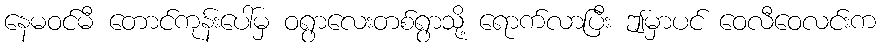
နေမဝင်မီ တောင်ကုန်းပေါ်မှ ဝရွာလေးတစ်ရွာသို့ ရောက်လာပြီး ဤမှာပင် ဝေလီဝေလင်းက